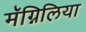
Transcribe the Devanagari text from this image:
मॅग्निलिया